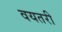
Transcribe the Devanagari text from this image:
वयतरी